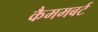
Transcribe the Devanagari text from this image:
कैममबर्ट